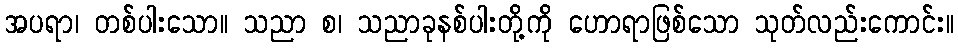
အပရာ၊ တစ်ပါးသော။ သညာ စ၊ သညာခုနစ်ပါးတို့ကို ဟောရာဖြစ်သော သုတ်လည်းကောင်း။